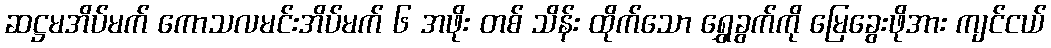
ဆဋ္ဌမအိပ်မက် ကောသလမင်းအိပ်မက် ၆ အဖိုး တစ် သိန်း ထိုက်သော ရွှေခွက်ကို မြေခွေးဖိုအား ကျင်ငယ်